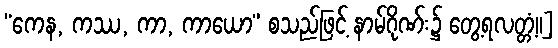
“ကေန, ကဿ, ကာ, ကာယော” စသည်ဖြင့် နာမ်ဂိုဏ်း၌ တွေ့ရလတ္တံ့။]